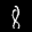
Label: 8